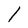
Character: l